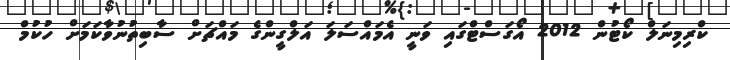
ކްރިމިނަލް ކޯޓުން 2012 އޯގަސްޓްގައި ވަނީ އެމައްސަލަ އަލްގީންގެ މައްޗަށް ސާބިތުނުވާކަމަށް ހުކުމް